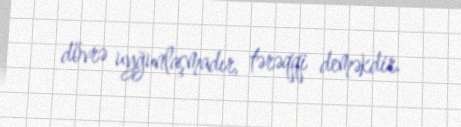
dövrə uyğunlaşmadır, tərəqqi deməkdir.